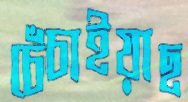
চেঁচাইয়াছ